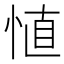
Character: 㥀